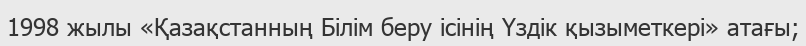
1998 жылы «Қазақстанның Білім беру ісінің Үздік қызыметкері» атағы;